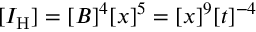
[ I _ { \mathrm { H } } ] = [ B ] ^ { 4 } [ x ] ^ { 5 } = [ x ] ^ { 9 } [ t ] ^ { - 4 }